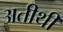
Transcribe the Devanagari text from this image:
अतीथी